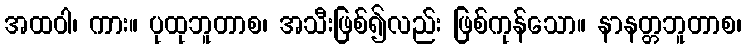
အထဝါ၊ ကား။ ပုထုဘူတာစ၊ အသီးဖြစ်၍လည်း ဖြစ်ကုန်သော။ နာနတ္တဘူတာစ၊